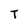
Character: T